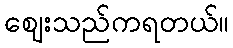
ဈေးသည်ကရတယ်။